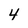
Character: 4